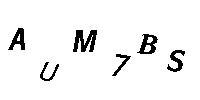
AUM7BS